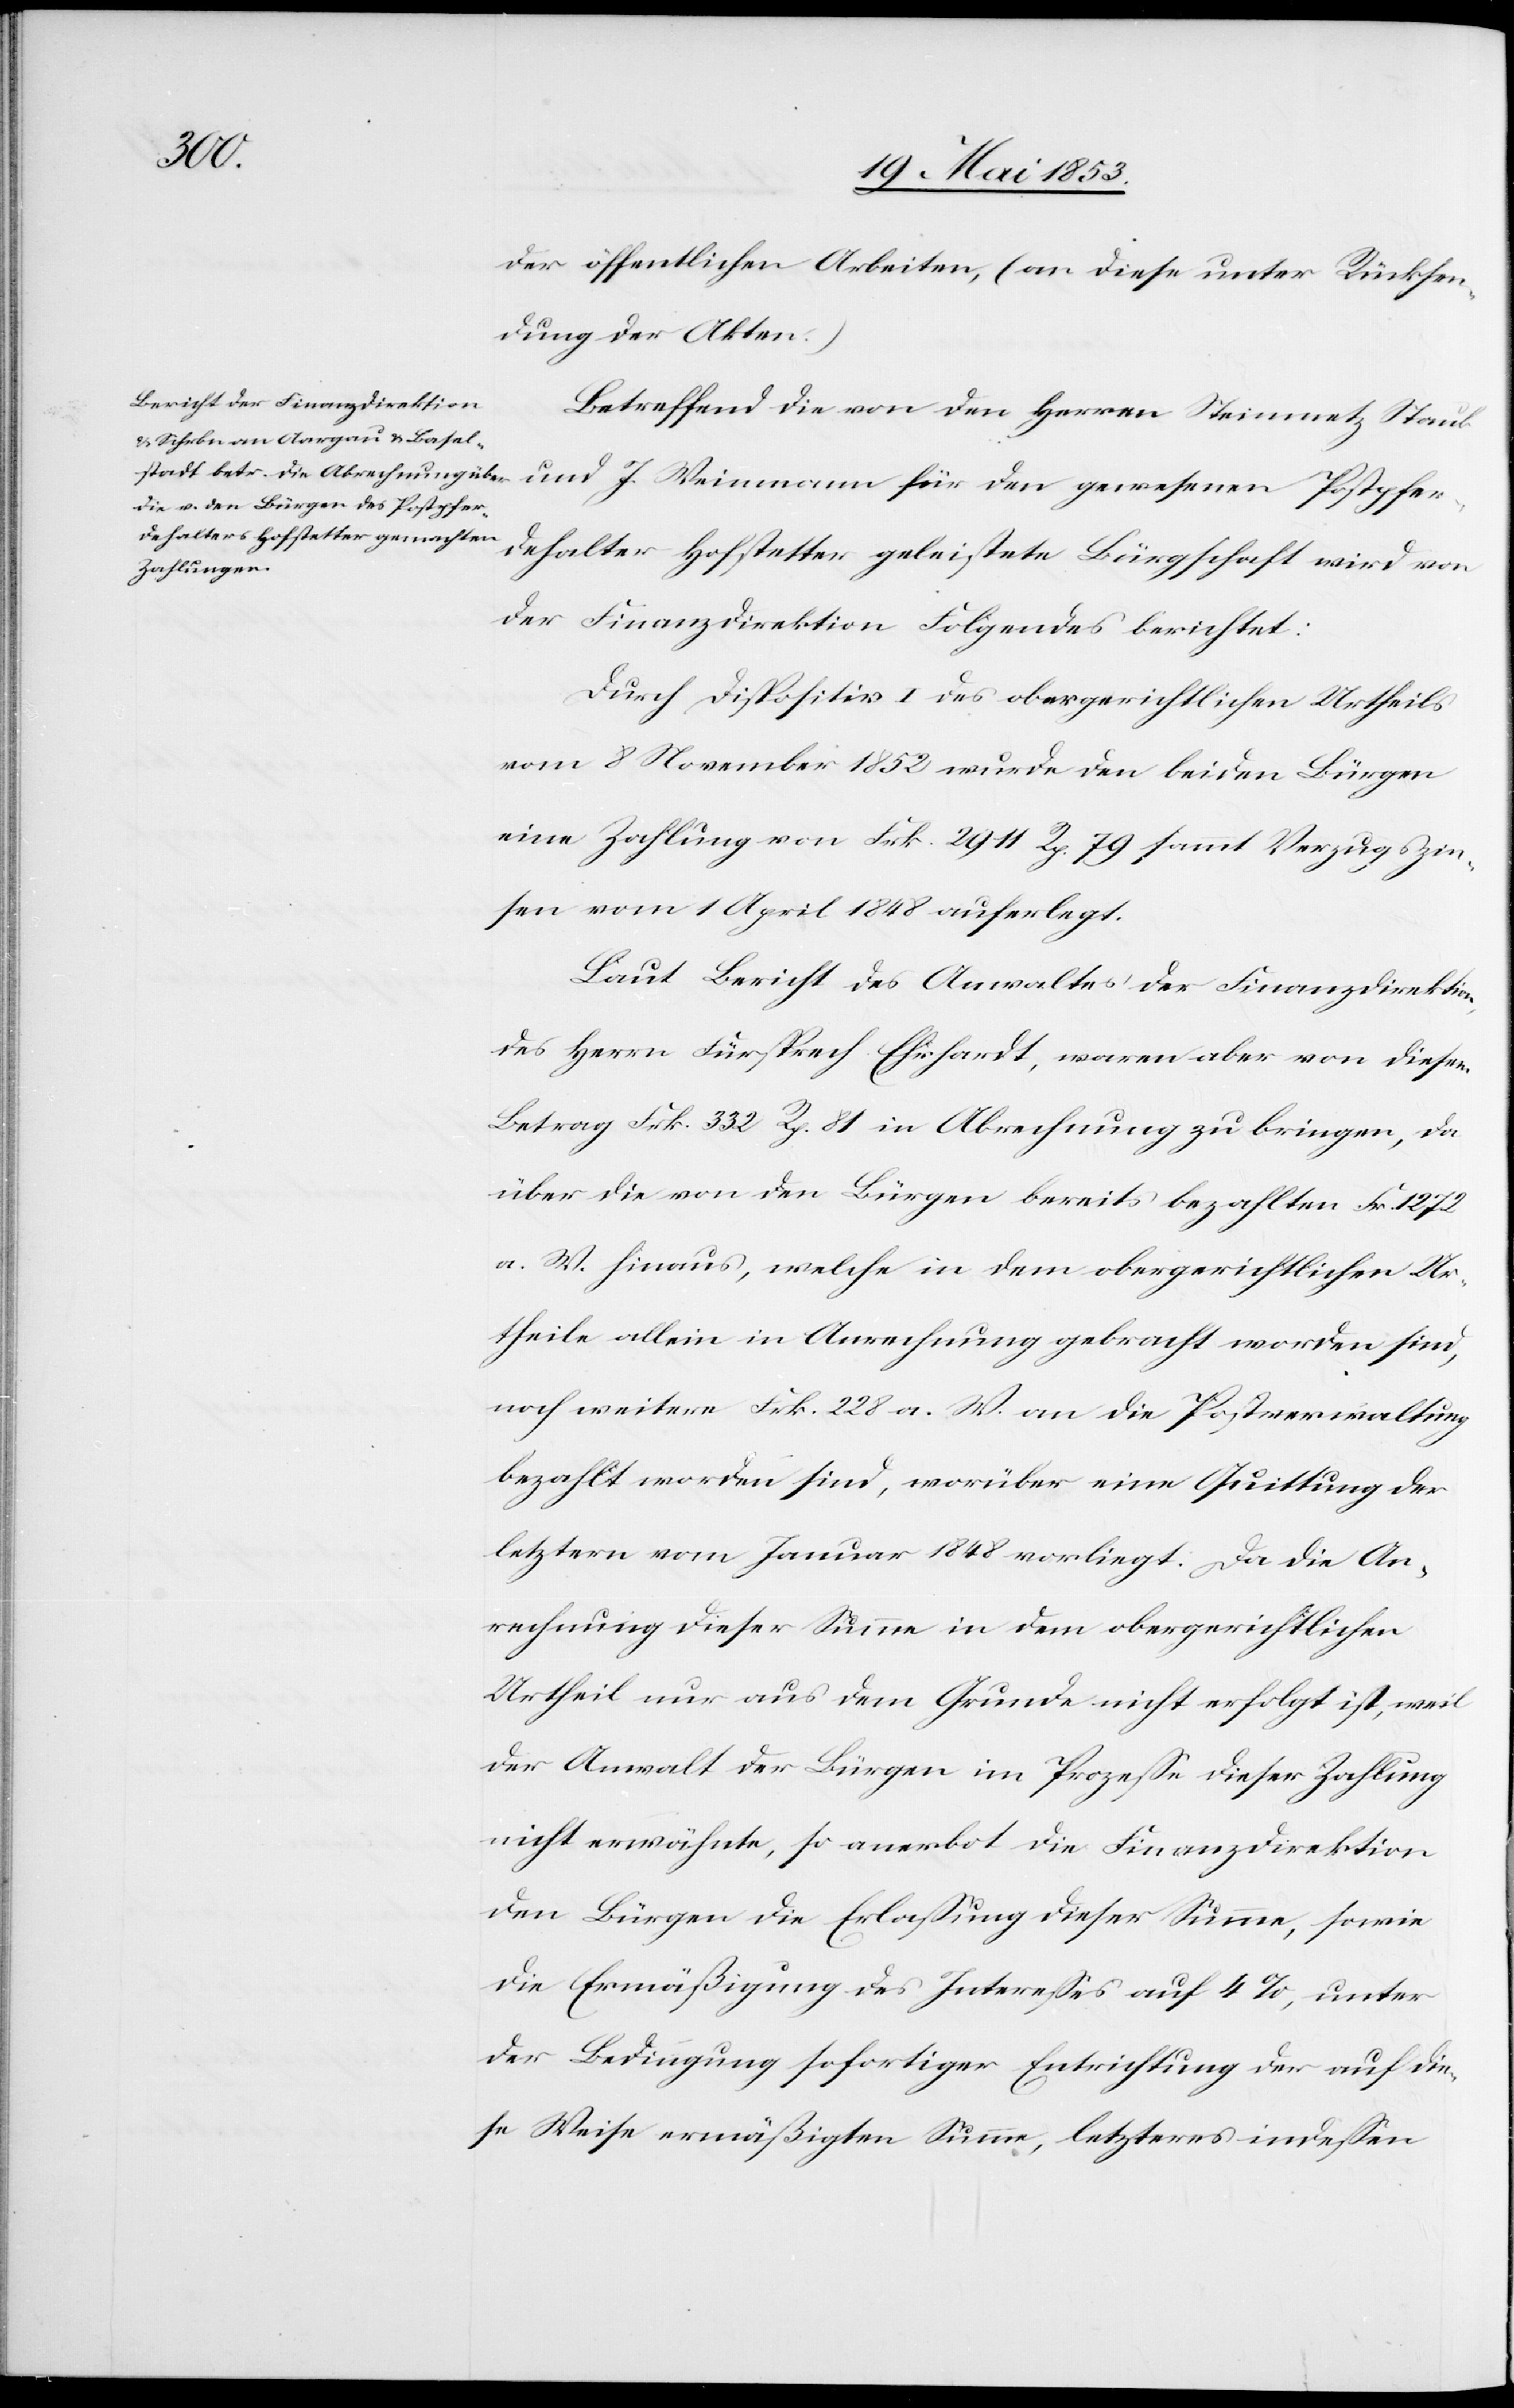
der öffentlichen Arbeiten, (an diese unter Rücksen¬
dung der Akten.)
Betreffend die von den Herrn Steinmetz Staub
und J. Weinmann für den gewesenen Postpfer¬
dehalter Hofstetter geleistete Bürgschaft wird von
der Finanzdirektion Folgendes berichtet:
Durch Dispositiv I. des obergerichtlichen Urtheils
vom 8 November 1852 wurde den beiden Bürgen
eine Zahlung von Frk. 2911 Rp. 79 sammt Verzugszin¬
sen vom 1 April 1848 auferlegt.
Laut Bericht des Anwalts der Finanzdirektion
des Herrn Fürsprech Ehrhardt, waren aber von diesem
Betrag Frk. 332. Rp. 81 in Abrechnung zu bringen, da
über die von den Bürgen bereits bezahlten Frk. 1272
a. W. hinaus, welche in dem obergerichtlichen Ur¬
theile allein in Anrechnung gebracht worden sind,
noch weitere Frk. 228 a. W. an die Postverwaltung
bezahlt worden sind, worüber eine Quittung der
letztern vom Januar 1848 vorliegt. Da die Ab¬
rechnung dieser Summe in dem obergerichtlichen
Urtheil nur aus dem Grunde nicht erfolgt ist, weil
der Anwalt der Bürgen im Prozeße dieser [sic!] Zahlung
nicht erwähnte, so anerbot die Finanzdirektion
den Bürgen die Erlaßung dieser Summe, sowie
die Ermäßigung des Intereßes auf 4%, unter
der Bedingung sofortiger Entrichtung der auf die¬
se Weise ermäßigten Summe, letzteres indeßen